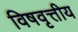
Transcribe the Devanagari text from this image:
विषवृत्तीय